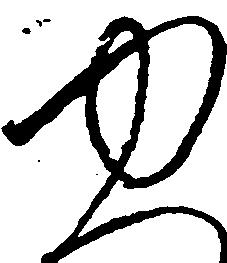
ゆ